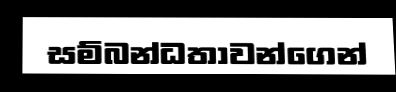
සම්බන්ධතාවන්ගෙන්